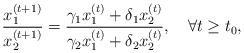
LaTeX: \begin{align*}\frac{x_{1}^{\left(t+1\right)}}{x_{2}^{\left(t+1\right)}}=\frac{\gamma_{1}x_{1}^{\left(t\right)}+\delta_{1}x_{2}^{\left(t\right)}}{\gamma_{2}x_{1}^{\left(t\right)}+\delta_{2}x_{2}^{\left(t\right)}},\quad\forall t\geq t_{0},\end{align*}